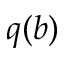
q ( b )